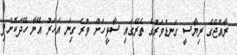
ރާއްޖޭގެ ރިޔާސީ ގަނޑުވަރުގެ ތެރޭގައި ސާޅީހަށް ވުރެ ގިނަ އަހަރު އޭނާ ހޭދަކޮށްފި